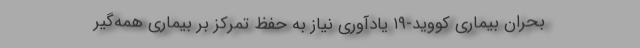
بحران بیماری کووید-۱۹ یادآوری نیاز به حفظ تمرکز بر بیماری همه‌گیر